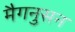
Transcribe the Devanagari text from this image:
मैगनुसन